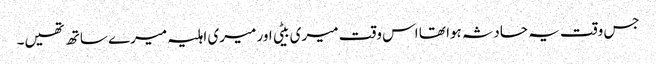
جس وقت یہ حادثہ ہوا تھا اس وقت میری بیٹی اور میری اہلیہ میرے ساتھ تھیں۔